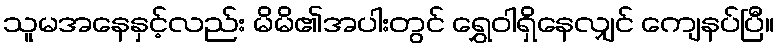
သူမအနေနှင့်လည်း မိမိ၏အပါးတွင် ရွှေဝါရှိနေလျှင် ကျေနပ်ပြီ။